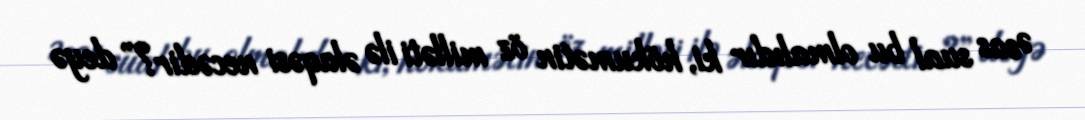
Əsas sual bu olmalıdır ki, hökumətin öz milləti ilə əlaqəsi necədir?” deyə